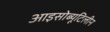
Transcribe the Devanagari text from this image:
आइसोब्यूटिलीन